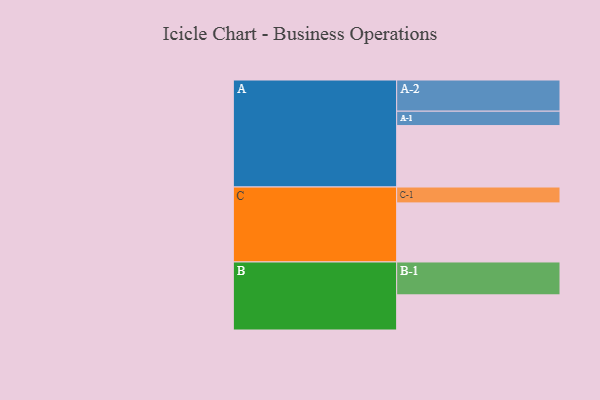
{"axis": {"x": "Segment", "y": "Value"}, "legend": ["", "A", "B", "C"], "data": [{"x": "A", "y": 542, "type": ""}, {"x": "B", "y": 310, "type": ""}, {"x": "C", "y": 521, "type": ""}, {"x": "A-1", "y": 127, "type": "A"}, {"x": "A-2", "y": 275, "type": "A"}, {"x": "B-1", "y": 290, "type": "B"}, {"x": "C-1", "y": 140, "type": "C"}]}